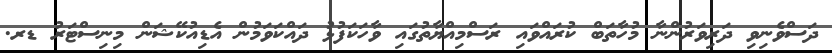
ދަސްވެނިވި ދަރިވަރުންނާ މުހާތަބް ކުރައްވައި ރަސްމިއްޔާތުގައި ވާހަކަފުޅު ދައްކަވަމުން އެޑިއުކޭޝަން މިނިސްޓަރު ޑރ.